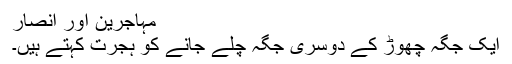
مہاجرین اور انصار
ایک جگہ چھوڑ کے دوسری جگہ چلے جانے کو ہجرت کہتے ہیں۔